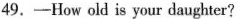
49.-How old is your daughter?